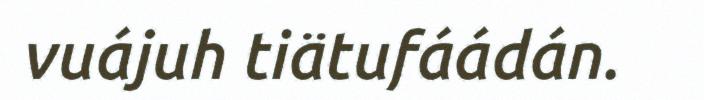
vuájuh tiätufáádán.